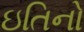
ઇતિનો